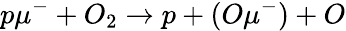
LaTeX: p\mu^{-}+O_{2}\rightarrow p+(O\mu^{-})+O